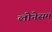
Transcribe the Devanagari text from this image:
लोनेसम